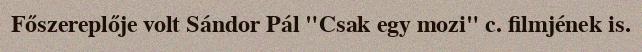
Főszereplője volt Sándor Pál "Csak egy mozi" c. filmjének is.